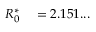
\begin{array} { r l } { R _ { 0 } ^ { * } } & { { } = 2 . 1 5 1 . . . } \end{array}